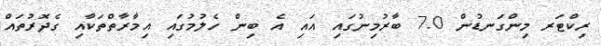
ރިކްޓަރ މިންގަނޑުން 7.0 ބާރުމިނުގައި އައި އެ ބިން ހެލުމުގައި އިމާރާތްތަކާއި ގެދޮރުތައް